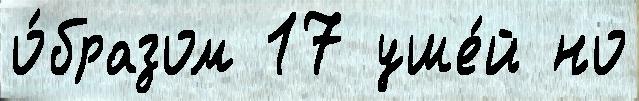
о́бразом 17 уше́й но